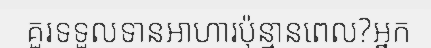
គួរទទួលទានអាហារប៉ុន្មានពេល?អ្នក